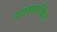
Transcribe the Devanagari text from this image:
नवरूपायित